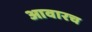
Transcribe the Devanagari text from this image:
आवारच